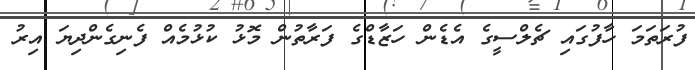
ފުރަތަމަ ހާފުގައި ޗެލްސީގެ އެޑެން ހަޒާޑްގެ ފަރާތުން މޮޅު ކުޅުމެއް ފެނިގެންދިޔަ އިރު